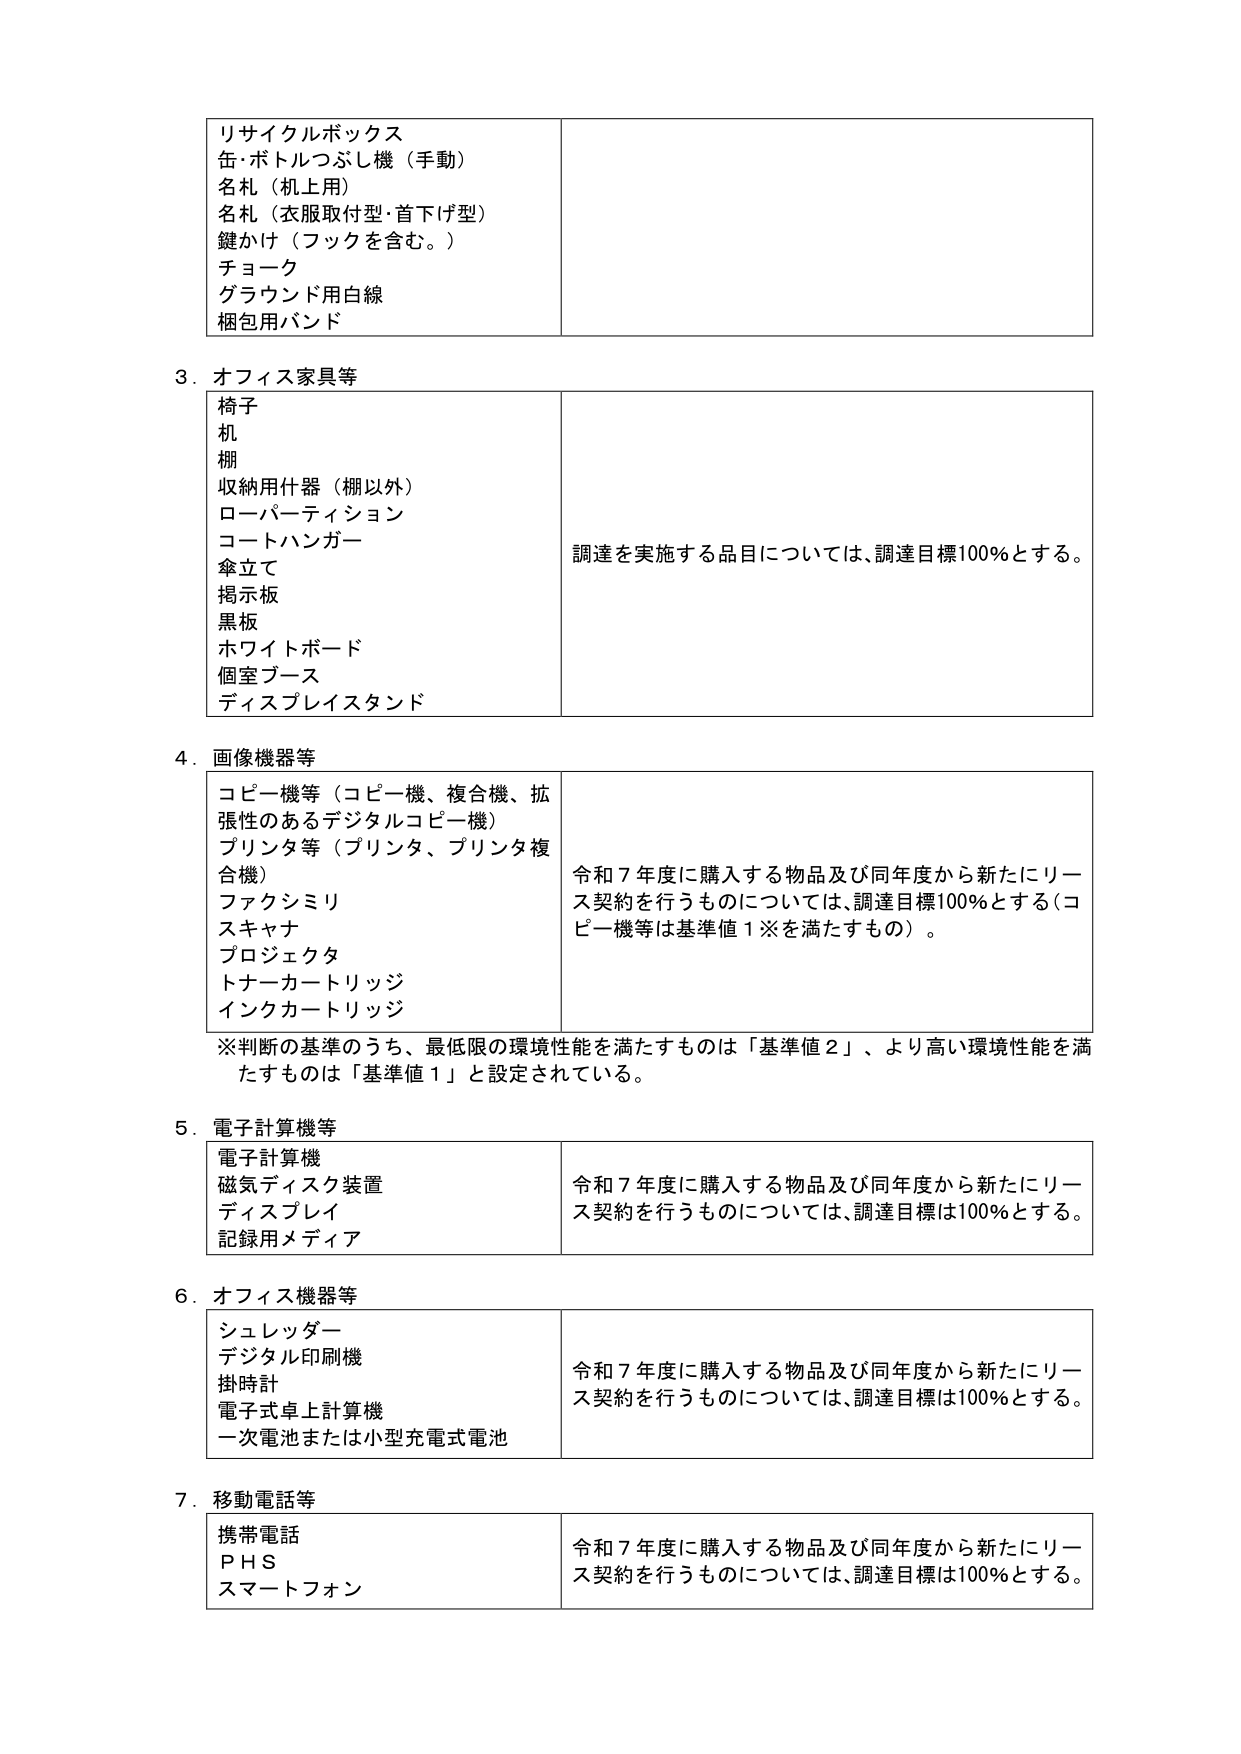
リサイクルボックス
缶・ボトルつぶし機（手動）
名札（机上用）
名札（衣服取付型・首下げ型）
鍵かけ（フックを含む。）
チョーク
グラウンド用白線
梱包用バンド

3．オフィス家具等
椅子
机
棚
収納用什器（棚以外）
ローパーティション
コートハンガー
傘立て
掲示板
黒板
ホワイトボード
個室ブース
ディスプレイスタンド
調達を実施する品目については、調達目標100％とする。

4．画像機器等
コピー機等（コピー機、複合機、拡張性のあるデジタルコピー機）
プリンタ等（プリンタ、プリンタ複合機）
ファクシミリ
スキャナ
プロジェクタ
トナーカートリッジ
インクカートリッジ
令和７年度に購入する物品及び同年度から新たにリース契約を行うものについては、調達目標100％とする（コピー機等は基準値１※を満たすもの）。
※判断の基準のうち、最低限の環境性能を満たすものは「基準値２」、より高い環境性能を満たすものは「基準値１」と設定されている。

5．電子計算機等
電子計算機
磁気ディスク装置
ディスプレイ
記録用メディア
令和７年度に購入する物品及び同年度から新たにリース契約を行うものについては、調達目標は100％とする。

6．オフィス機器等
シュレッダー
デジタル印刷機
掛時計
電子式卓上計算機
一次電池または小型充電式電池
令和７年度に購入する物品及び同年度から新たにリース契約を行うものについては、調達目標は100％とする。

7．移動電話等
携帯電話
ＰＨＳ
スマートフォン
令和７年度に購入する物品及び同年度から新たにリース契約を行うものについては、調達目標は100％とする。